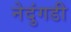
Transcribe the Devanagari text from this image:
नेदुंगडी